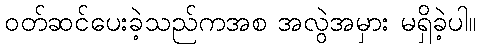
ဝတ်ဆင်ပေးခဲ့သည်ကအစ အလွဲအမှား မရှိခဲ့ပါ။